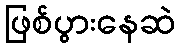
ဖြစ်ပွားနေဆဲ